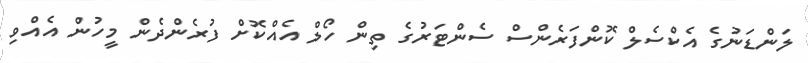
ލަންޑަނުގެ އެކްސެލް ކޮންފަރެންސް ސެންޓަރުގެ ތިން ހޯލް އެއްކޮށް ފުރެންދެން މީހުން އެއްވި